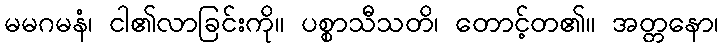
မမဂမနံ၊ ငါ၏လာခြင်းကို။ ပစ္စာသီသတိ၊ တောင့်တ၏။ အတ္တနော၊